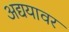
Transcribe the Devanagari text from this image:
अद्ययावर